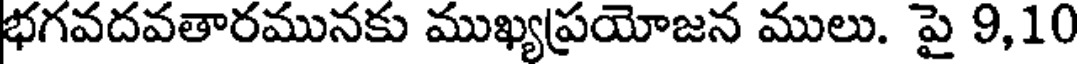
భగవదవతారమునకు ముఖ్యప్రయోజన ములు. పై 9,10